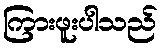
ကြားဖူးပါသည်